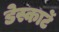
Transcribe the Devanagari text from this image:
डेस्कार्टे